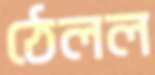
ঠেলল